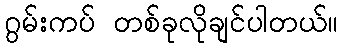
ဂွမ်းကပ် တစ်ခုလိုချင်ပါတယ်။